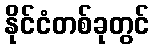
နိုင်ငံတစ်ခုတွင်